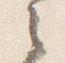
之